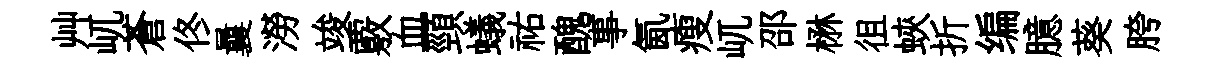
艸屼蒼佟曩澇竣覈血頸蟻祐醜事氤瘦屼邵楙徂蛺折编臆葵胯